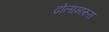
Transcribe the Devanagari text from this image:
ढोलामारुरा